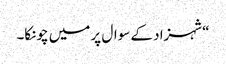
“شہزاد کے سوال پر میں چونکا۔